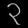
Digit: ၃